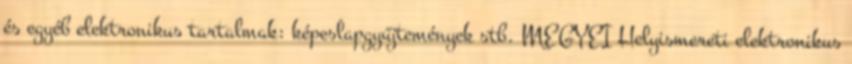
és egyéb elektronikus tartalmak: képeslapgyűjtemények stb. MEGYEI Helyismereti elektronikus